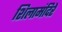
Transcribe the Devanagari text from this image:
शिलामंदिरे